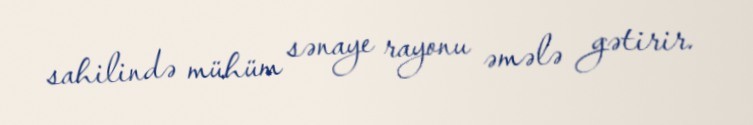
sahilində mühüm sənaye rayonu əmələ gətirir.